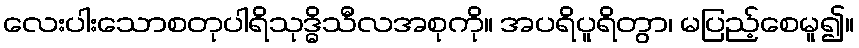
လေးပါးသောစတုပါရိသုဒ္ဓိသီလအစုကို။ အပရိပူရိတွာ၊ မပြည့်စေမူ၍။